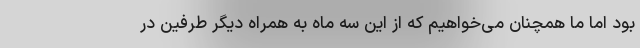
بود اما ما همچنان می‌خواهیم که از این سه ماه به همراه دیگر طرفین در